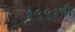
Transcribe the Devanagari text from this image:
१९५१ची